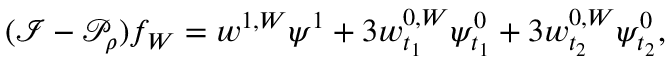
( \mathcal { I } - \mathcal { P } _ { \rho } ) f _ { W } = w ^ { 1 , W } \psi ^ { 1 } + 3 w _ { t _ { 1 } } ^ { 0 , W } \psi _ { t _ { 1 } } ^ { 0 } + 3 w _ { t _ { 2 } } ^ { 0 , W } \psi _ { t _ { 2 } } ^ { 0 } ,